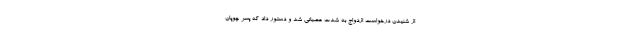
از شنیدن درخواست ازدواج به شدت عصبانی شد و دستور داد که پسر چوپان